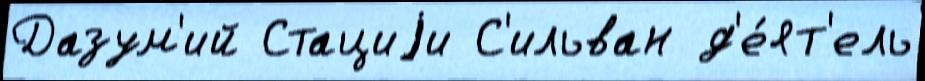
Дазум'ий Стациjи С'ильван д'е́ят'ель